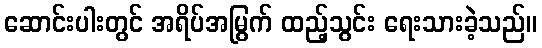
ဆောင်းပါးတွင် အရိပ်အမြွက် ထည့်သွင်း ရေးသားခဲ့သည်။